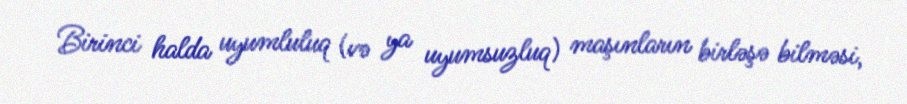
Birinci halda uyumluluq (və ya uyumsuzluq) maşınların birləşə bilməsi,